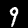
Label: 9